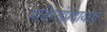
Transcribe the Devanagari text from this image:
भक्तिसंप्रदायाचे